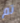
تم